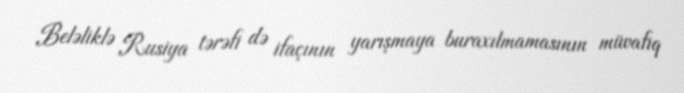
Beləliklə Rusiya tərəfi də ifaçının yarışmaya buraxılmamasının müvafiq